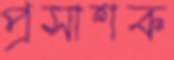
প্রসাশক